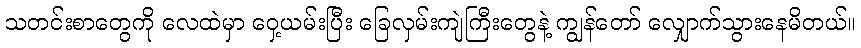
သတင်းစာတွေကို လေထဲမှာ ဝှေ့ယမ်းပြီး ခြေလှမ်းကျဲကြီးတွေနဲ့ ကျွန်တော် လျှောက်သွားနေမိတယ်။